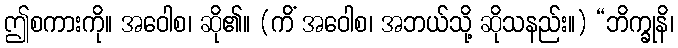
ဤစကားကို။ အဝေါစ၊ ဆို၏။ (ကိံ အဝေါစ၊ အဘယ်သို့ ဆိုသနည်း။) “ဘိက္ခုနိ၊